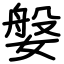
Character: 媻